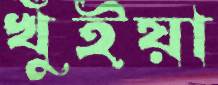
খুঁইয়া